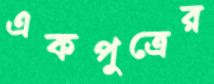
একপুত্রের